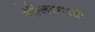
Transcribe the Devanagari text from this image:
नेल्लियमपथी